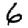
Digit: 6